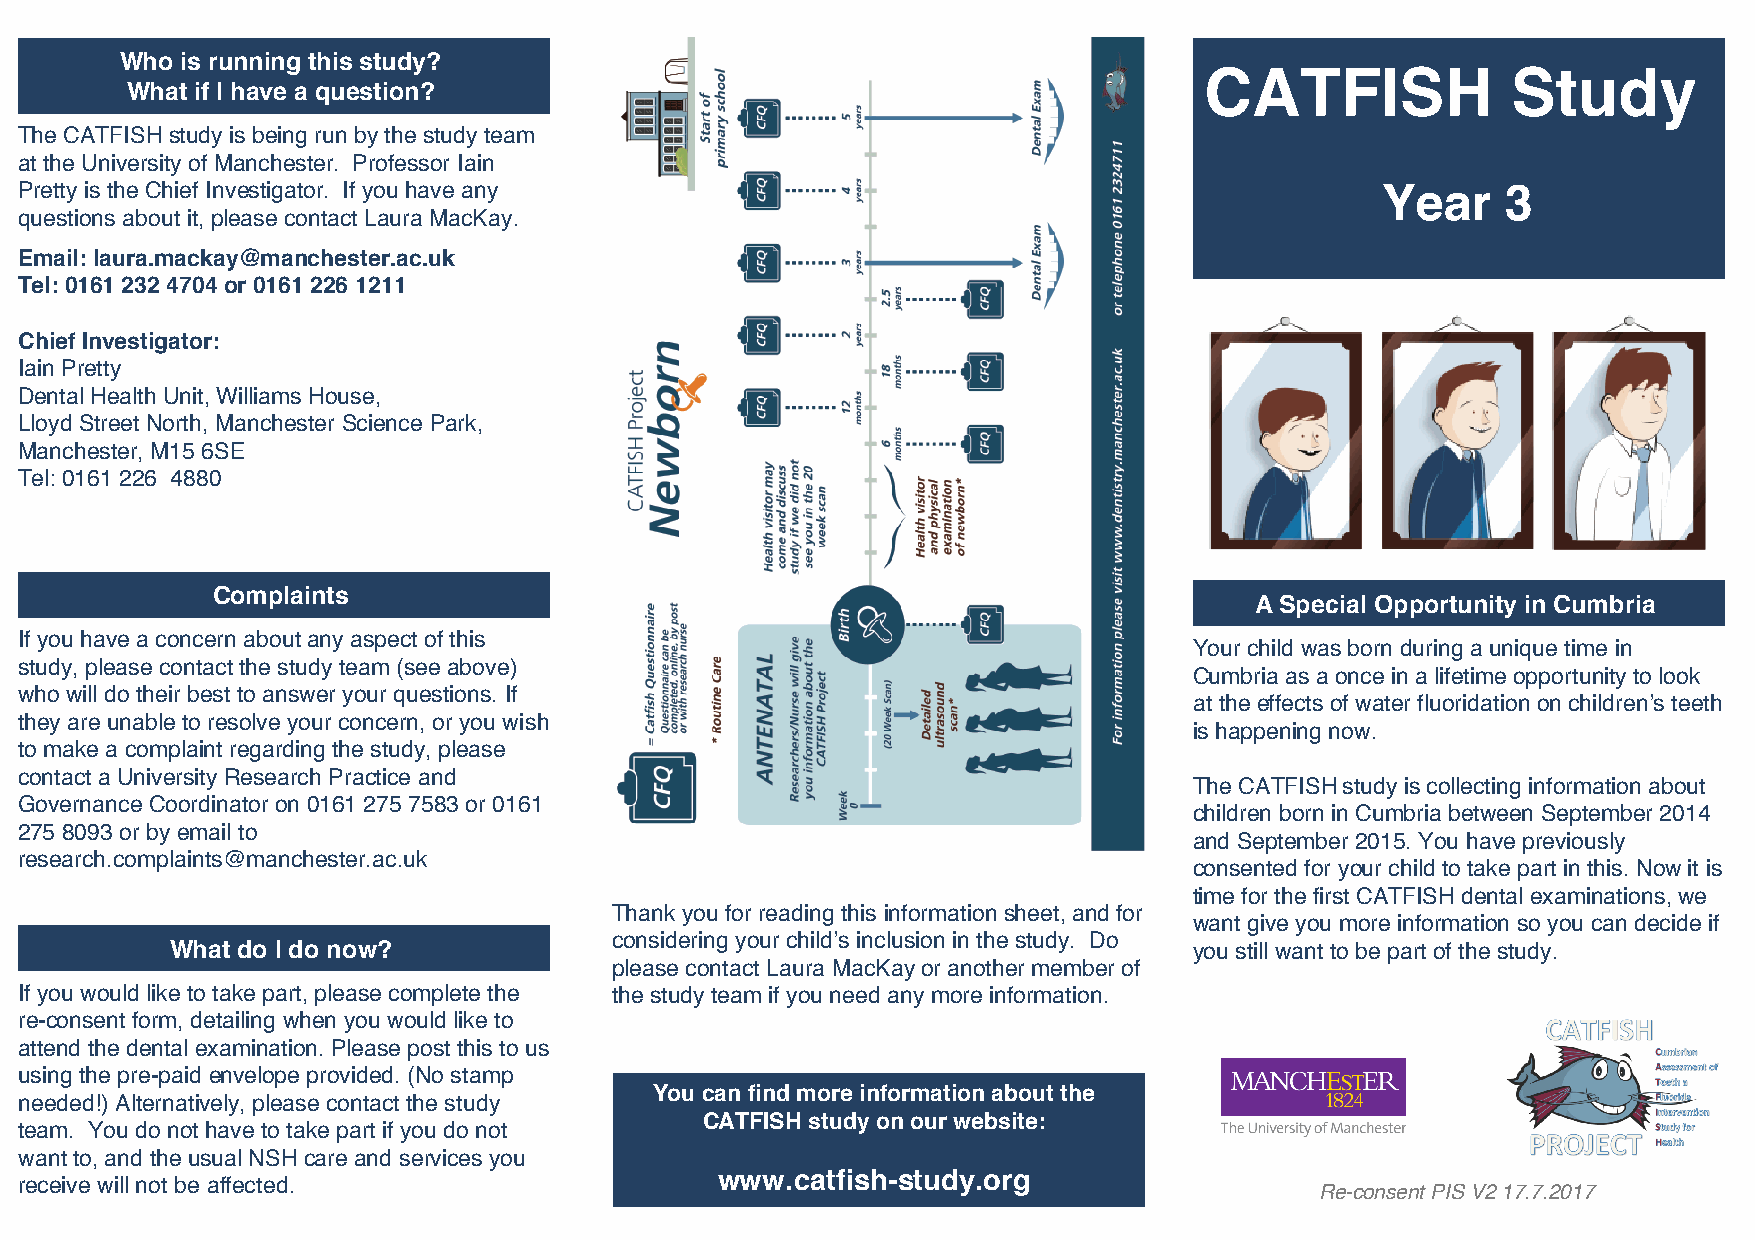
Who is running this study?
 CATFISH             Study
 What if I have a question?
 The CATFISH study is being run by the study team
 at the University of Manchester. Professor Iain
 Pretty is the Chief Investigator. If you have any                                         Year     3
 questions about it, please contact Laura MacKay.
 Email: laura.mackay@manchester.ac.uk
 Tel: 0161 232 4704 or 0161 226 1211
 Chief Investigator:
 Iain Pretty
 Dental Health Unit, Williams House,
 Lloyd Street North, Manchester Science Park,
 Manchester, M15 6SE
 Tel: 0161 226 4880
 Complaints
 A Special Opportunity in Cumbria
 If you have a concern about any aspect of this
 Your child was born during a unique time in
 study, please contact the study team (see above)
 Cumbria as a once in a lifetime opportunity to look
 who will do their best to answer your questions. If
 at the effects of water fluoridation on children’s teeth
 they are unable to resolve your concern, or you wish
 is happening now.
 to make a complaint regarding the study, please
 contact a University Research Practice and
 The CATFISH study is collecting information about
 Governance Coordinator on 0161 275 7583 or 0161
 children born in Cumbria between September 2014
 275 8093 or by email to
 and September 2015. You have previously
 research.complaints@manchester.ac.uk
 consented for your child to take part in this. Now it is
 time for the first CATFISH dental examinations, we
 Thank you for reading this information sheet, and for
 want give you more information so you can decide if
 considering your child’s inclusion in the study. Do
 What do I do now?                                                   you still want to be part of the study.
 please contact Laura MacKay or another member of
 If you would like to take part, please complete the the study team if you need any more information.
 re-consent form, detailing when you would like to
 attend the dental examination. Please post this to us
 using the pre-paid envelope provided. (No stamp
 You can find more information about the
 needed!) Alternatively, please contact the study
 CATFISH study on our website:
 team. You do not have to take part if you do not
 want to, and the usual NSH care and services you
 www.catfish-study.org
 receive will not be affected.
 Re-consent PIS V2 17.7.2017